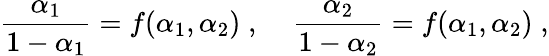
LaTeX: \frac{\alpha_{1}}{1-\alpha_{1}}=f(\alpha_{1},\alpha_{2})\; ,\; \; \; \; \frac{\alpha_{2}}{1-\alpha_{2}}=f(\alpha_{1},\alpha_{2})\; ,